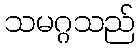
သမဂ္ဂသည်